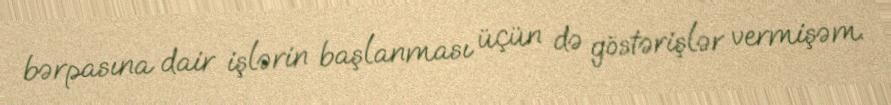
bərpasına dair işlərin başlanması üçün də göstərişlər vermişəm.